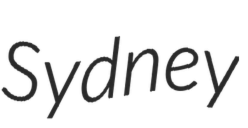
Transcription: Sydney